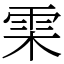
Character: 雬